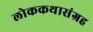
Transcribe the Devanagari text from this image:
लोककथासंग्रह